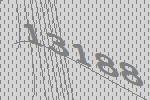
13188